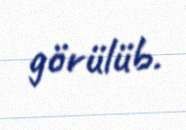
görülüb.